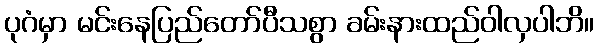
ပုဂံမှာ မင်းနေပြည်တော်ပီသစွာ ခမ်းနားထည်ဝါလှပါဘိ။